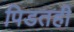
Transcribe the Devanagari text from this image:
पिडतही